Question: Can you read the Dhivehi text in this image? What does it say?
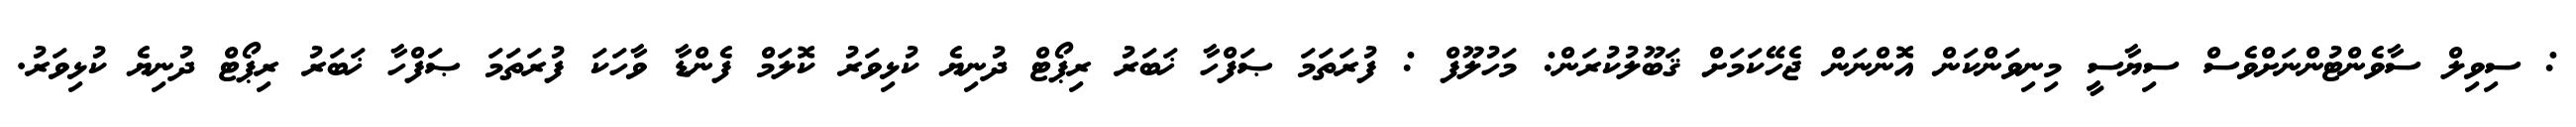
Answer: : ސިވިލް ސާވެންޓުންނަށްވެސް ސިޔާސީ މިނިވަންކަން އޮންނަން ޖެހޭކަމަށް ޤަބޫލުކުރަން: މަހުލޫފް : ފުރަތަމަ ޞަފްހާ ޚަބަރު ރިޕޯޓް ދުނިޔެ ކުޅިވަރު ކޮލަމް ފެންޑާ ވާހަކަ ފުރަތަމަ ޞަފްހާ ޚަބަރު ރިޕޯޓް ދުނިޔެ ކުޅިވަރު.